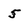
Character: 5